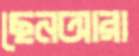
ছেনআরা